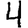
Digit: 4